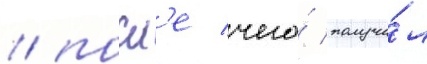
/ посл'е чего́ получи́л